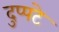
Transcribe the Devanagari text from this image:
दुप्पटे